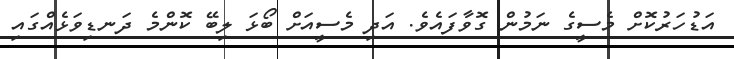
އަޑުހަރުކޮށް މެސީގެ ނަމުން ގޮވާފައެވެ. އަދި މެސީއަށް ބޯޅަ ލިބޭ ކޮންމެ ދަނޑިވަޅެއްގައި